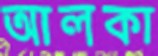
আলকা